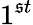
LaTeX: {1}^{\mathfrak{s}t}